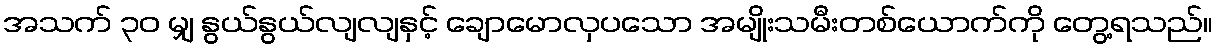
အသက် ၃၀ မျှ နွယ်နွယ်လျလျနှင့် ချောမောလှပသော အမျိုးသမီးတစ်ယောက်ကို တွေ့ရသည်။